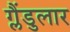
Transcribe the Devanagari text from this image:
ग्लैंडुलार